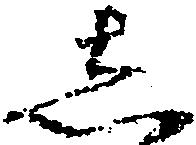
し